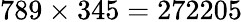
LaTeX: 789\times 345=272205